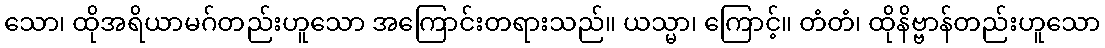
သော၊ ထိုအရိယာမဂ်တည်းဟူသော အကြောင်းတရားသည်။ ယသ္မာ၊ ကြောင့်။ တံတံ၊ ထိုနိဗ္ဗာန်တည်းဟူသော